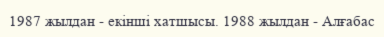
1987 жылдан - екінші хатшысы. 1988 жылдан - Алғабас